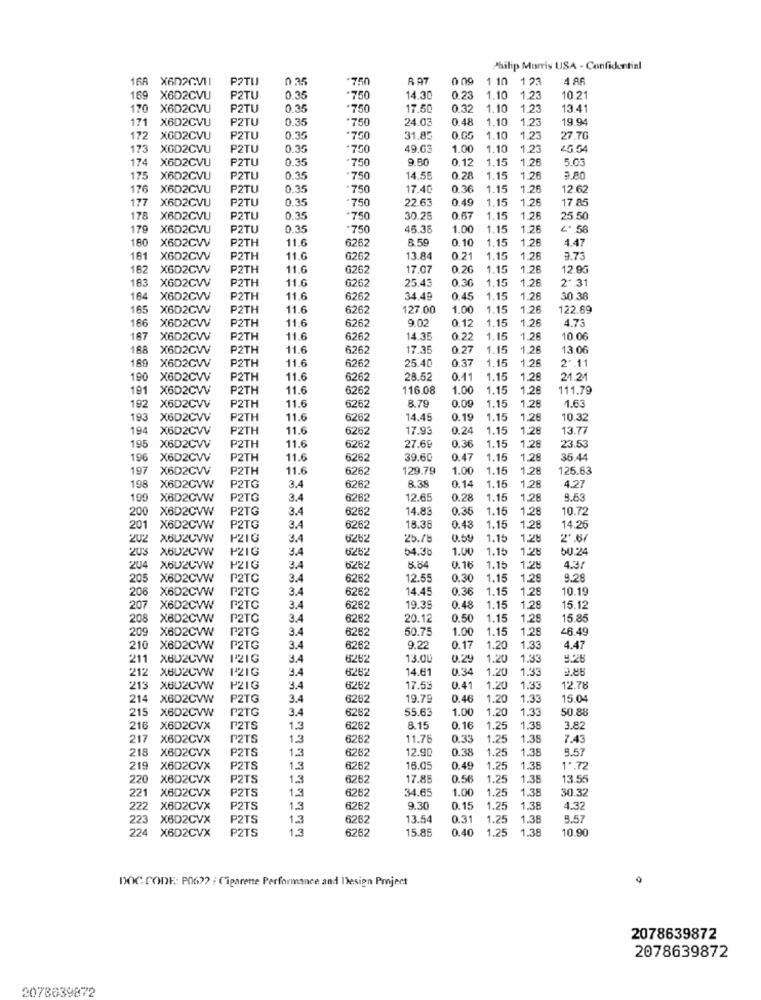
Philip Morris USA - Confidential
168 X602CV11
POTU
0 35
.750
R 97
1 10
123
169 X6D2CVU
P2TU
0.35
*750
14.30
0.25
1.10
1.23
10.21
170
X6D2CVU
P2TU
0.35
.750
17.50
0.32
1.10
1.23
13.41
171
X6D2CVU
P2TU
0.35
750
24.03
0.48
1.10
1.23
19.94
172
XOD2CVU
P2TU
0.35
*750
31.8
0.05
1.10
1.23
27.7G
173
XGD2CVU
P2TU
0.3
750
49.03
1.00
1.10
1.2
45.54
174
X6D2CVU
P2TU
0.35
.750
9.80
0.12
1.15
1.26
5.0
175
X6D2CVU
P2TU
0.35
750
14.5
0.28
1.15
1.26
9.80
176
X6D2CVU
P2TU
0.35
·750
17.40
0.36
1.15
1.26
12.62
177
X6D2CVU
P2TU
0.35
.750
0.49
1.15
1.26
17.85
22.63
178
X6D2CVU
P2TU
0.35
750
30.28
0.67
.15
1.26
25.50
179
X6D2CVU
P2TU
0.35
750
45.38
1.00
.15
1.26
4. 58
180
X6D2CVV
P2TH
11.6
6262
8,59
0.10
1.15
1.28
4.47
181
X6D2CVV
P2TH
11.6
6262
13.84
0.21
1.15
1.28
3.73
182
X6D2CVV
P2TH
11.6
6262
17.0
0.20
1.15
1.26
12.95
183
X6D2CVV
P2TH
11.6
6262
25.4
0.36
1.15
1.28
2. 31
184
X6D2CVV
P2TH
11.6
6262
34.49
0.45
1.15
1.26
30.38
185
X6D2CVV
P2TH
11.6
6262
127.00
1.00
1.15
1.26
122.69
186
11.6
1.15
4.73
X6D2CVV
P2TH
6262
9.02
0.1
1.28
187
X6D2CWV
P2TH
11.6
6262
14.35
0.22
1.15
1.26
10.06
188
X6D2CWV
P2TH
11.6
6262
17.3
0.27
1.15
1.28
13.06
189
P2TH
11.6
25.40
0.37
1.15
1.26
2".11
X6D2CWV
6262
190
X6D2CVV
P2TH
11.6
6262
28.52
0.1
1.15
1.28
24.24
191
X6D2CWV
P2TH
11.6
6262
116.08
1.00
1.15
1.28
111.79
11.6
8.79
0.00
192
X6D2CVV
P2TH
6262
1.15
1,28
1.6
193
X6D2CVV
P2TH
11.6
6262
14.45
0.19
1.15
1.28
10.32
194 X6D2CVV
P2TH
11.6
6262
17.93
0.2.
1.15
1,28
13.77
195
X6D2CVV
P2TH
11.6
6262
27.69
0.36
1.15
1.28
23.53
196
X6D2CW
P2TH
11.6
6262
39.6
0.47
1.15
1,28
35.44
197
X6D2CWV
P2TH
11.6
6262
129.79
1.00
1.15
1.28
125.63
3.4
198
X6D2CVW
P2TG
6262
8.38
0.1
1.15
1,28
4.27
190 X6D2CVW
P2TG
3.4
6262
12.6
0.28
1.15
1,28
9.6
200 X6D2CVW
P2TG
3.4
6262
14.8
0.35
1.15
1.28
10.72
X6D2CVW
P2TG
3.4
6262
18.38
0.43
1.15
1.2
14.26
202
X6U2CVW
P21G
3.4
6262
25.75
0.59
1.15
1.28
2'.67
203 X602CVW
P2IG
3.4
6262
54.38
1.00
1.16
1.28
50.24
X6U2CVW
P2IG
3.4
6262
8.84
0.16
1.15
1.28
4.3/
205
X6D2CVW
P2TC
3.4
6262
12.5
0.30
1.15
1,28
9.28
206
X6D2CVW
P2TC
3.4
6262
14.45
0.36
1.15
1.28
10.19
207
X6D2CVW
P2TC
3.4
6262
19.35
0.48
1.15
1,28
15.12
208 X6D2CVW
P2TC
3.4
6262
20.12
0.50
1.15
1.28
15.85
209
X6D2CVW
P2TG
3.4
6262
50.75
1.00
1.15
1.28
46.49
210 X6D2CVW
P2TG
3.4
6262
9.22
0.17
1.20
1.33
4.47
211
XBU2CVW
P2IG
3.4
6282
13.00
0.25
1.20
1.33
212 X802CVW
P21G
3.4
6262
14.61
0.34
1.20
1.33
2.86
3 X602CVW
P2IG
3.4
6262
17.5
0.41
1.20
1.33
12.78
214
X6D2CVW
P2TG
3.4
6262
19.79
0.46
1.20
1.33
15.0
215 X6D2CVW
P2TG
3.4
6262
55.63
1.00
1.20
1.3
50.88
216
X6D2CVX
P2TS
1.3
6262
8.15
0.16
1.25
1.38
3.82
217
X6D2CVX
P2TS
1.3
6262
11.78
0.33
1.25
1.38
7.43
218
X6D2CVX
P2TS
6262
12.9
0.38
1.25
1.38
9.57
1.3
219
X6D2CVX
P2TS
1.3
6262
16.0
0.49
1.25
1.3
.. 72
220 X6D2CVX
P2TS
1.3
6282
17.8
0.56
1.25
1.38
13.5€
221
P2TS
1.3
34.6
1.00
1.25
1.38
30.32
X6D2CVX
6262
222
X6D2CVX
P2TS
1.3
6262
9.30
0.15
1.25
1.3
4.32
223
X6D2CVX
P2TS
1.3
6262
13.54
0.31
1.25
1.3
9.57
224 X6D2CVX
P2TS
6262
15.85
0.40
1.25
1.38
10.90
DOC CODE: P06 ?? : Cigarette Performance and Design Project
2078639872
2078639872
2078639872